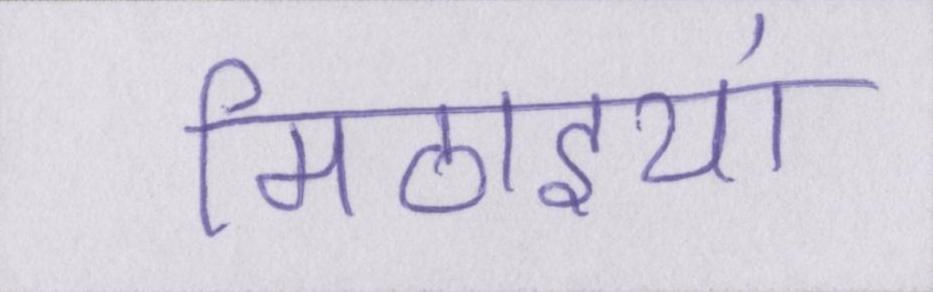
मिठाइयां